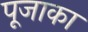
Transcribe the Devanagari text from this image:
पूजाका